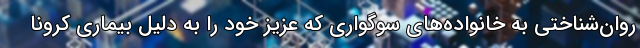
روان‌شناختی به خانواده‌های سوگواری که عزیز خود را به دلیل بیماری کرونا